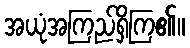
အယုံအကြည်ရှိကြ၏။